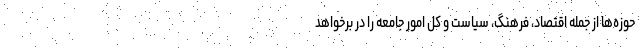
حوزه‌ها از جمله اقتصاد، فرهنگ، سیاست و کل امور جامعه را در برخواهد